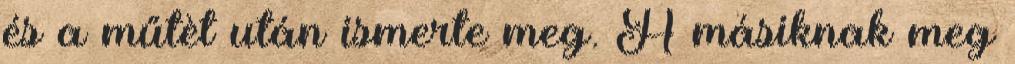
és a műtèt után ismerte meg. A másiknak meg